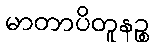
မာတာပိတူနဉ္စ